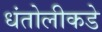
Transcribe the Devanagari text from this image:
धंतोलीकडे